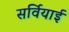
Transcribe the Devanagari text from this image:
सर्वियाई